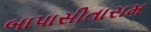
બાપાસીતારામ